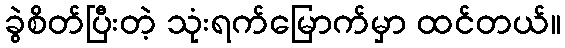
ခွဲစိတ်ပြီးတဲ့ သုံးရက်မြောက်မှာ ထင်တယ်။